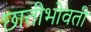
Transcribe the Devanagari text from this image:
छातीभोवती